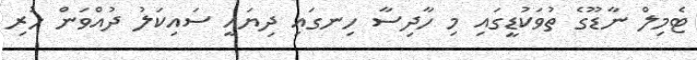
ޓެމިލް ނާޑޫގެ ތުވަކުޑީގައި މި ހާދިސާ ހިނގައި ދިޔައީ ސައިކަލު ދުއްވަން ހުރި